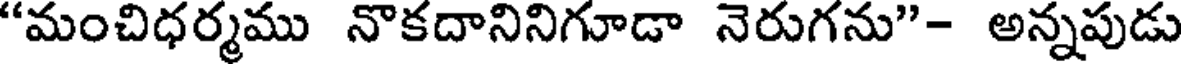
"మంచిధర్మము నొకదానినిగూడా నెరుగను"- అన్నపుడు